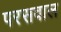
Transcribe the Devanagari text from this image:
परसवाल